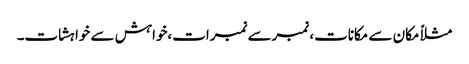
مثلاً مکان سے مکانات، نمبرسے نمبرات،خواہش سے خواہشات۔